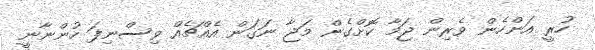
ހުރީ އަންހެން ވެރިން ޖަމާ ކޮށްގެން މަޖާ ނަގަން އެއްޗެއް ވިސްނިފަ ހުންނާނީ